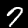
Label: 7